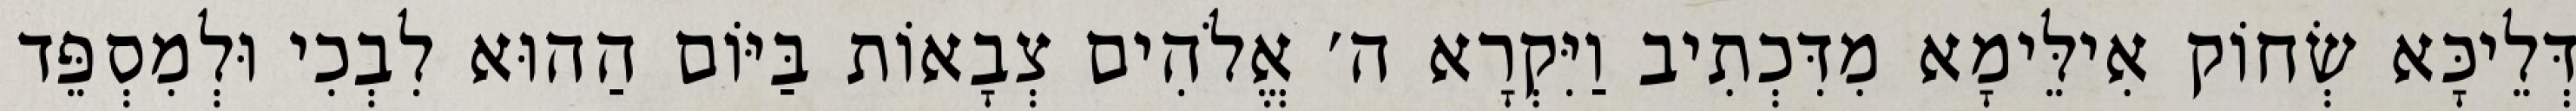
דְּלֵיכָּא שְׂחוֹק אִילֵּימָא מִדִּכְתִיב וַיִּקְרָא ה׳ אֱלֹהִים צְבָאוֹת בַּיּוֹם הַהוּא לִבְכִי וּלְמִסְפֵּד